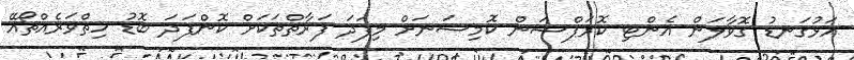
އަޅުގަނޑު ގޮވާލަން އެންޓި ކޮރަޕްޝަން ކޮމިޝަނަށް މިފަދަ ފަރާތްތަކަށް ކޮންފަދަ ބޮޑު ހިތްވަރެއްތޯއޭ